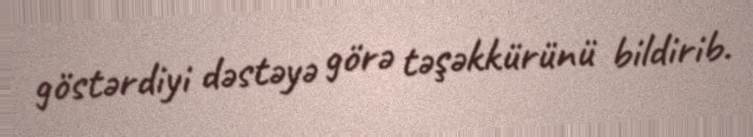
göstərdiyi dəstəyə görə təşəkkürünü bildirib.